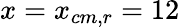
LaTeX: x=x_{cm,r}=12